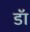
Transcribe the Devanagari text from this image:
डॅा